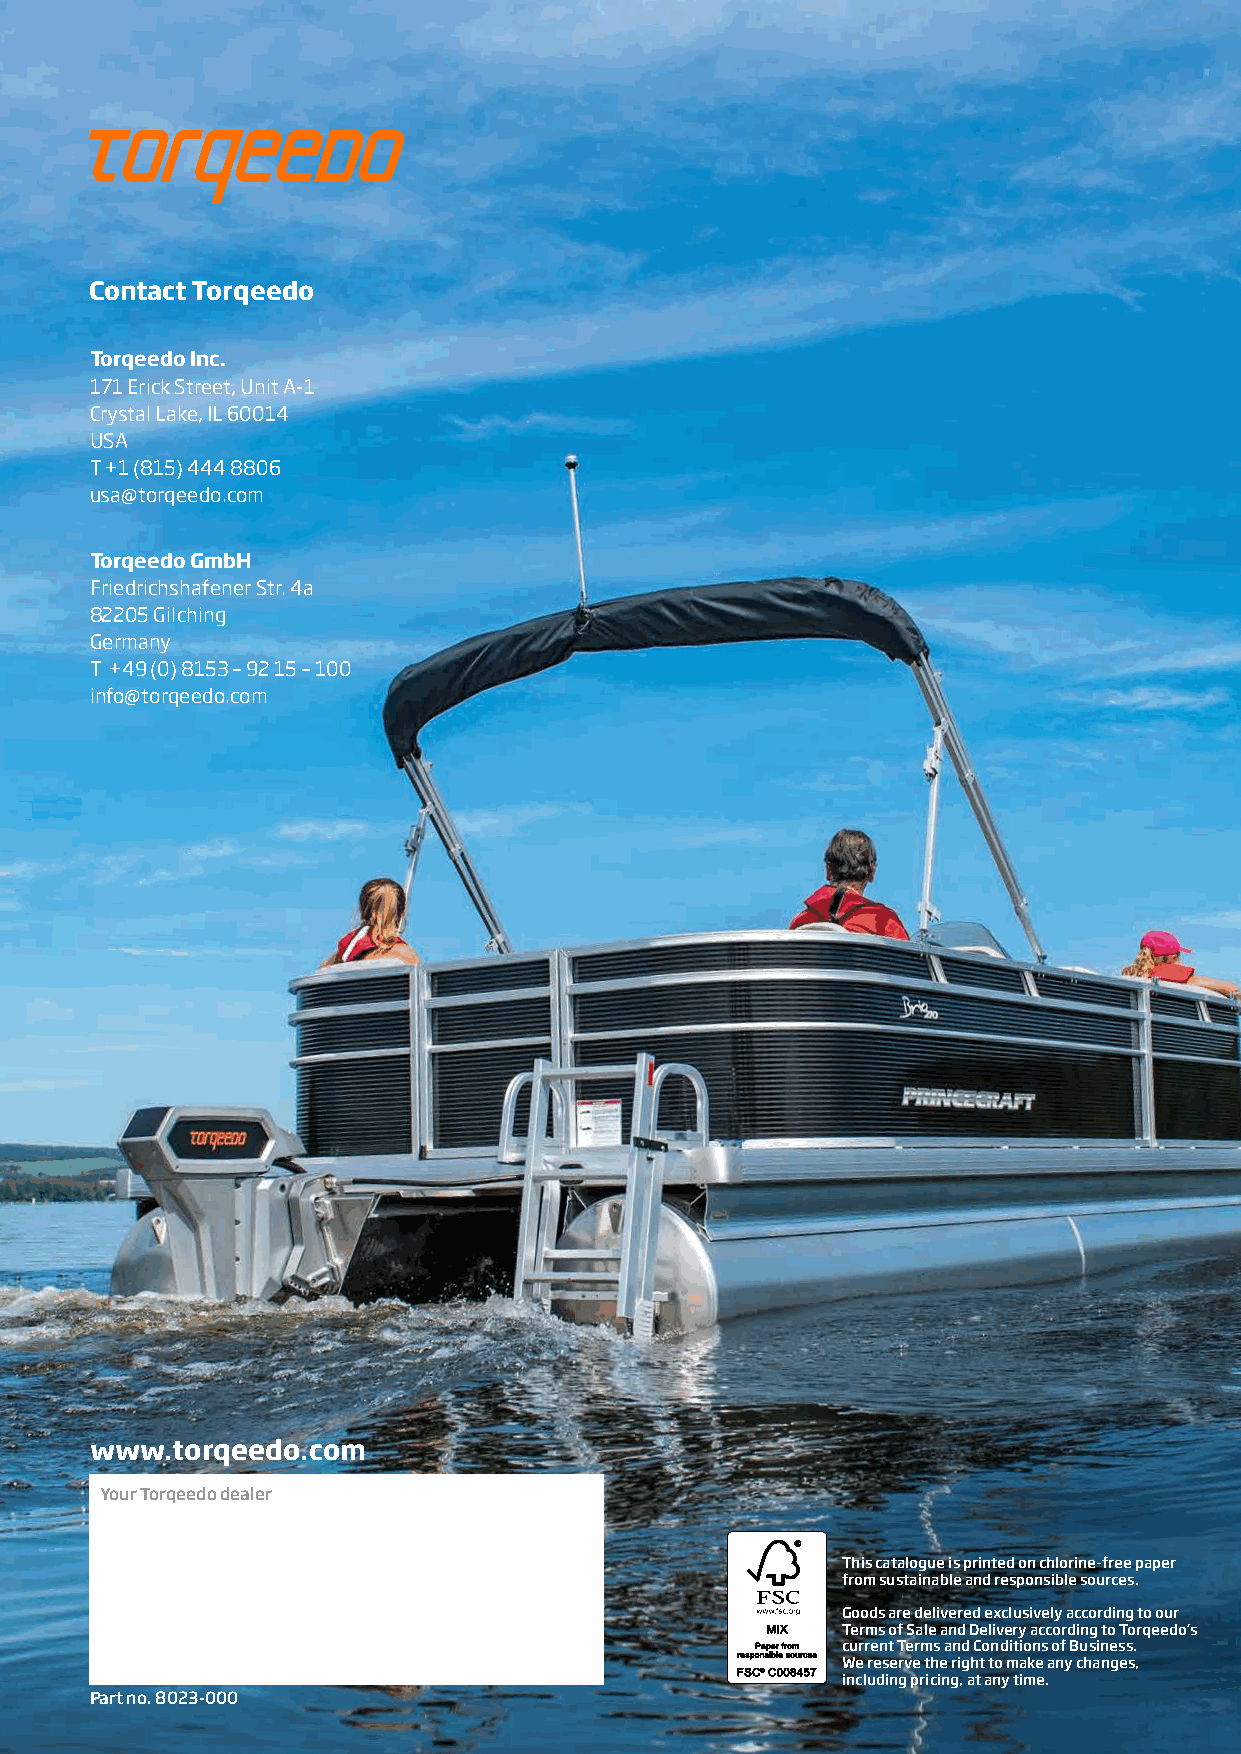
Contact Torqeedo
 Torqeedo Inc.
 171 Erick Street, Unit A-1
 Crystal Lake, IL 60014
 USA
 T +1 (815) 444 8806
 usa@torqeedo.com
 Torqeedo GmbH
 Friedrichshafener Str. 4a
 82205 Gilching
 Germany
 T +49 (0) 8153 – 92 15 – 100
 info@torqeedo.com
 www.torqeedo.com
 Your Torqeedo dealer
 This catalogue is printed on chlorine-free paper
 from sustainable and responsible sources.
 Goods are delivered exclusively according to our
 Terms of Sale and Delivery according to Torqeedo’s
 current Terms and Conditions of Business.
 We reserve the right to make any changes,
 including pricing, at any time.
 Part no. 8023-000